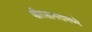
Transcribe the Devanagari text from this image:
क्षीरसागरामध्ये